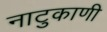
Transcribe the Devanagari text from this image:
नाटुकाणी